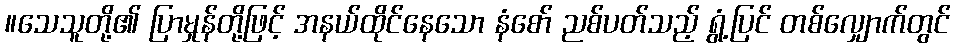
။သေသူတို့၏ ပြာမှုန်တို့ဖြင့် အနယ်ထိုင်နေသော နံစော် ညစ်ပတ်သည့် ရွံ့ပြင် တစ်လျှောက်တွင်